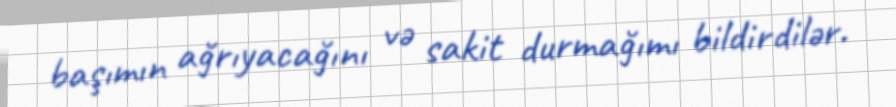
başımın ağrıyacağını və sakit durmağımı bildirdilər.